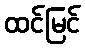
ထင်မြင်